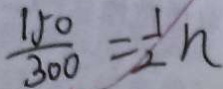
\frac { 1 5 0 } { 3 0 0 } = \frac { 1 } { 2 } n